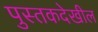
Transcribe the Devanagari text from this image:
पुस्तकदेखील